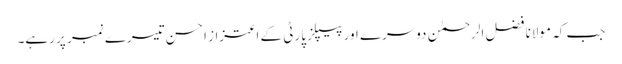
جب کہ مولانا فضل الرحمٰن دوسرے اور پیپلز پارٹی کے اعتزاز احسن تیسرے نمبر پر رہے۔